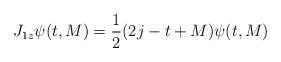
LaTeX: \begin{align*}J_{1z}\psi (t,M)=\frac{1}{2}(2j-t+M)\psi (t,M)\end{align*}